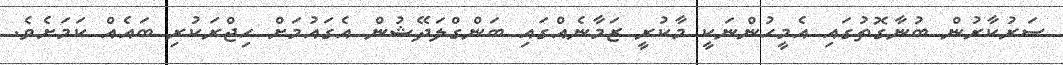
ސަރުކާރުން ބުނާގޮތުގައި އެމީހުންނަކީ މާކުރީ ޒަމާނެއްގައި ބަންގްލަދޭޝުން އެގައުމަށް ހިޖްރަކުރި ބައެއް ކަމަށެވެ.